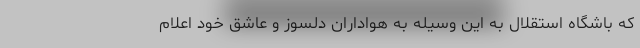
که باشگاه استقلال به این وسیله به هواداران دلسوز و عاشق خود اعلام